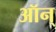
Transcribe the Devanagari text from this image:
ऑन्